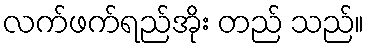
လက်ဖက်ရည်အိုး တည် သည်။